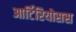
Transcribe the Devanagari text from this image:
आर्टिरियोसस